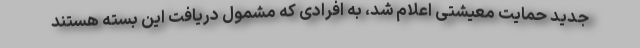
جدید حمایت معیشتی اعلام شد، به افرادی که مشمول دریافت این بسته هستند